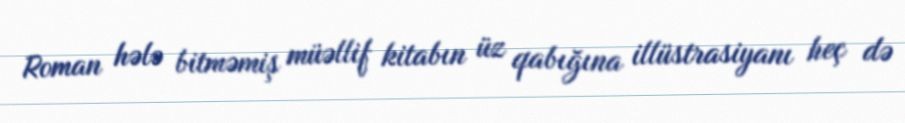
Roman hələ bitməmiş müəllif kitabın üz qabığına illüstrasiyanı heç də